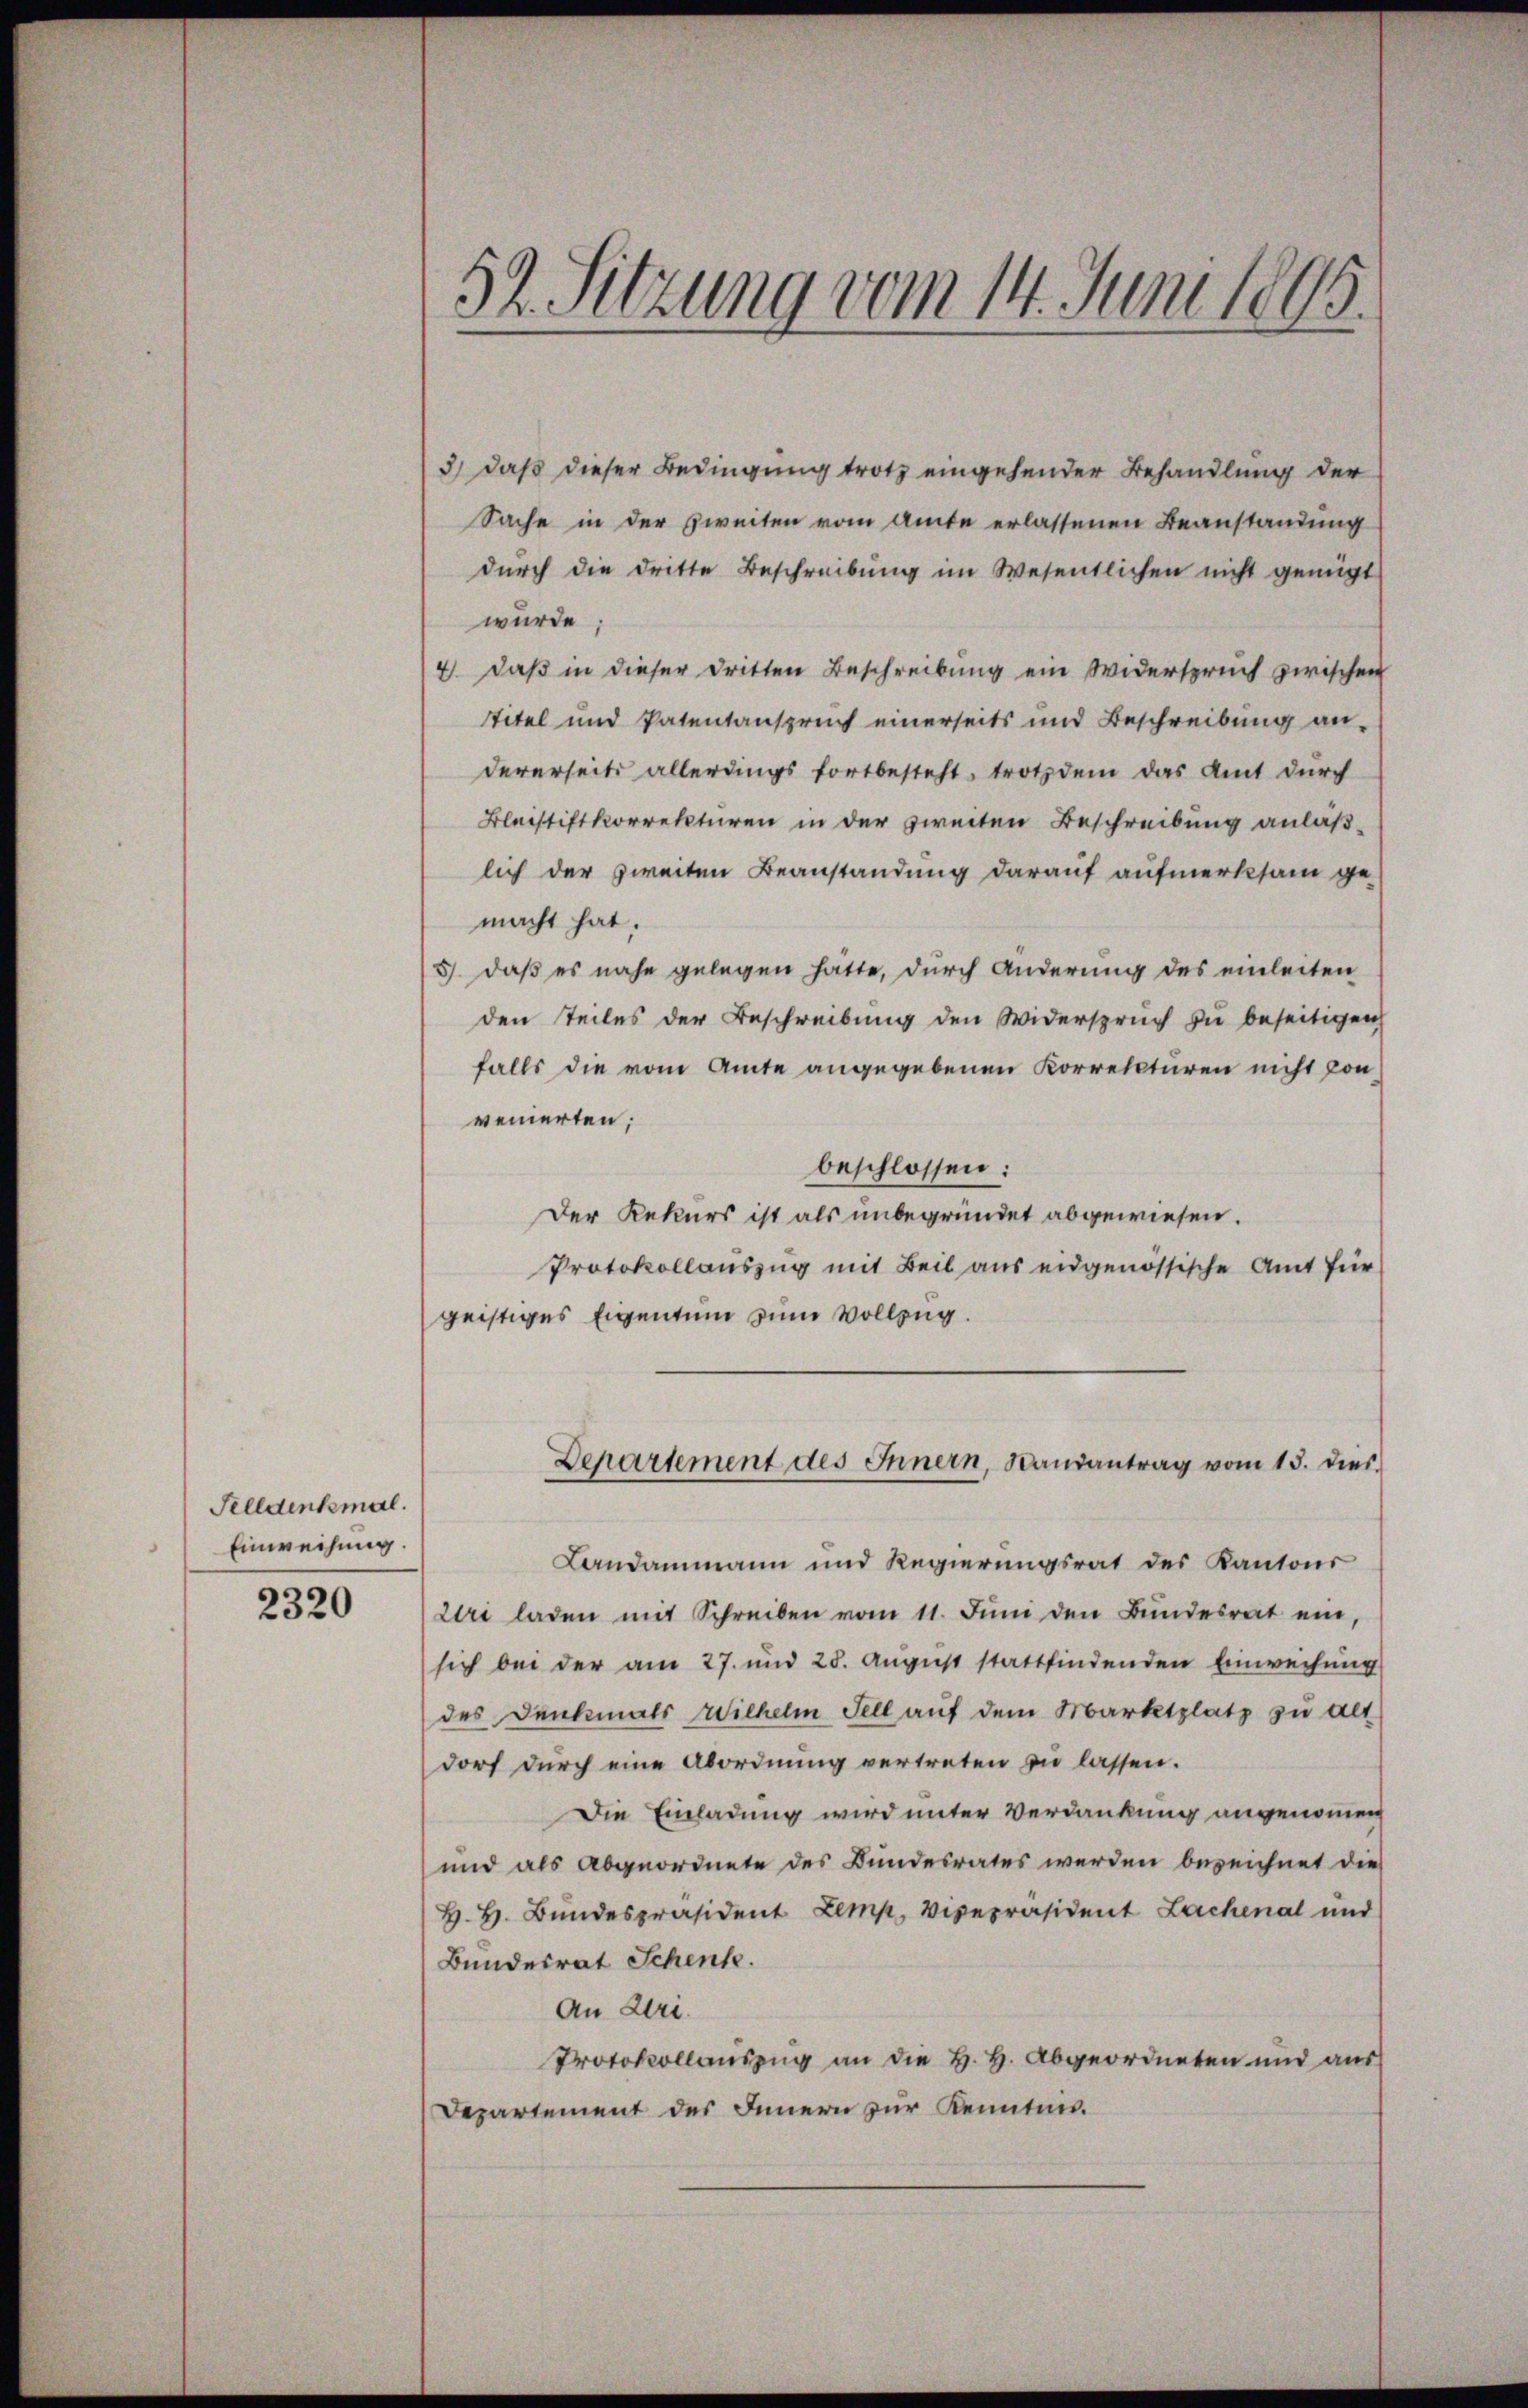
Felldenkmal.
Einweisung

2320

52. Sitzung vom 14. Juni 1895.

3) daß dieser Bedingung trotz eingehender Behandlung der
Sache in der Zweiten vom Amte erlassenen Beanstandung
dŭrch die dritte Beschreibŭng im Wesentlichen nicht genügt
wurde;
4. daß in dieser dritten Beschreibung ein Widerspruch zwischen
stitel und Patentanspruch einerseits und Beschreibung an-
dererseits allerdings fortbesteht, trotzdem das Amt durch
Blechtiftkorrekturen in der zweiten Beschreibung anläß-
lich der zweiten Beanstandung darauf aufmerksam ge-
macht hat.
5. daß es nahe gelegen hatte, durch Änderung des einleiten
den Teiles der Beschreibung den Widerspruch zu beseitigen,
falls die vom Amte angegebenen Korrekturen nicht von
venierten;
beschlossen:
Der Rekurs ist als unbegründet abgewiesen.
Protokollauszug mit Beil aus eidgenössische Amt für
geistiges Eigentum zum Vollzug.
Departement des Innern, Bandantrag vom 15. dies
Landammann und Regierungsrat des Kantons
Uri laden mit Schreiben vom 11. Jŭni den Bŭndesrat ein,
sich bei der am 27. und 28. August stattfindenden Einweisung
des Denkmals Wilhelm Fell auf dem Marktplatz zu alt
dorf durch eine Abordnung vertreten zu lassen.
Die Einladung wird unter Verdankung angenommen
und als Abgeordnete des Bundesrates werden bezeichnet die
H. H. Bundespräsident Zemp, Vizepräsident Lachenal und
Bundesrat Schenk.
An Uri.
Protokollauszug an die H. H. Abgeordneten und aus
Departement des Innern zur Kenntnis.